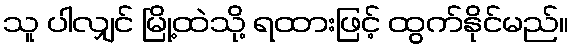
သူ ပါလျှင် မြို့ထဲသို့ ရထားဖြင့် ထွက်နိုင်မည်။